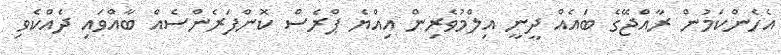
އެހެންކަމުން ރާއްޖޭގެ ބައެއް ދީނީ އިލްމުވެރިން އިއްޔެ ޕްރެސް ކޮންފަރެންސެއް ބާއްވައި ދެއްކެވި